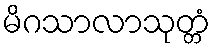
မိဂသာလာသုတ္တံ